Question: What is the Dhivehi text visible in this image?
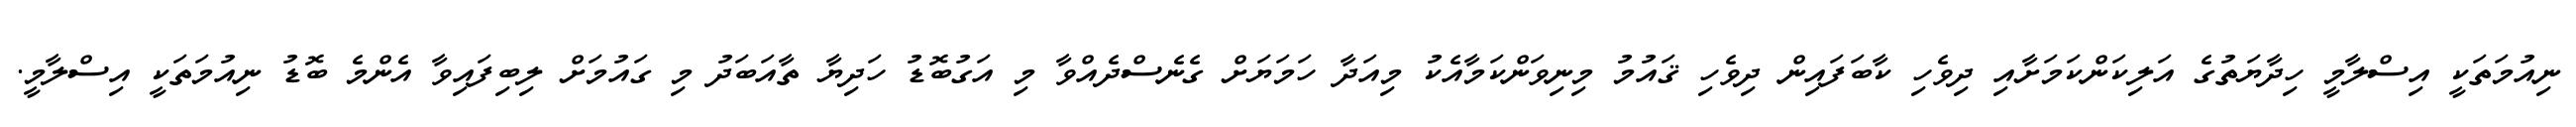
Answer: ނިއުމަތަކީ އިސްލާމީ ހިދާޔަތުގެ އަލިކަންކަމަށާއި ދިވެހި ކާބަފައިން ދިވެހި ޤައުމު މިނިވަންކަމާއެކު މިއަދާ ހަމަޔަށް ގެނެސްދެއްވާ މި އަގުބޮޑު ހަދިޔާ ތާއަބަދު މި ގައުމަށް ލިބިފައިވާ އެންމެ ބޮޑު ނިއުމަތަކީ އިސްލާމީ.